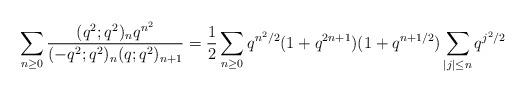
LaTeX: \begin{align*}\sum_{n\ge0}\frac{(q^2;q^2)_nq^{n^2}}{(-q^2;q^2)_n(q;q^2)_{n+1}}= \frac{1}{2}\sum_{n\ge0}q^{n^2/2}(1+q^{2n+1})(1+q^{n+1/2})\sum_{|j|\le n}q^{j^2/2}\end{align*}